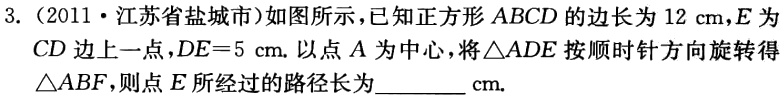
3.（2011·江苏省盐城市）如图所示，已知正方形\(ABCD\)的边长为\(12\ \text{cm}\)，\(E\)为\(CD\)边上一点，\(DE = 5\ \text{cm}\). 以点\(A\)为中心，将\(\triangle ADE\)按顺时针方向旋转得\(\triangle ABF\)，则点\(E\)所经过的路径长为________\(\text{cm}\).